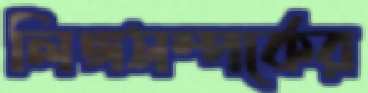
লিঙ্গসম্পর্কের